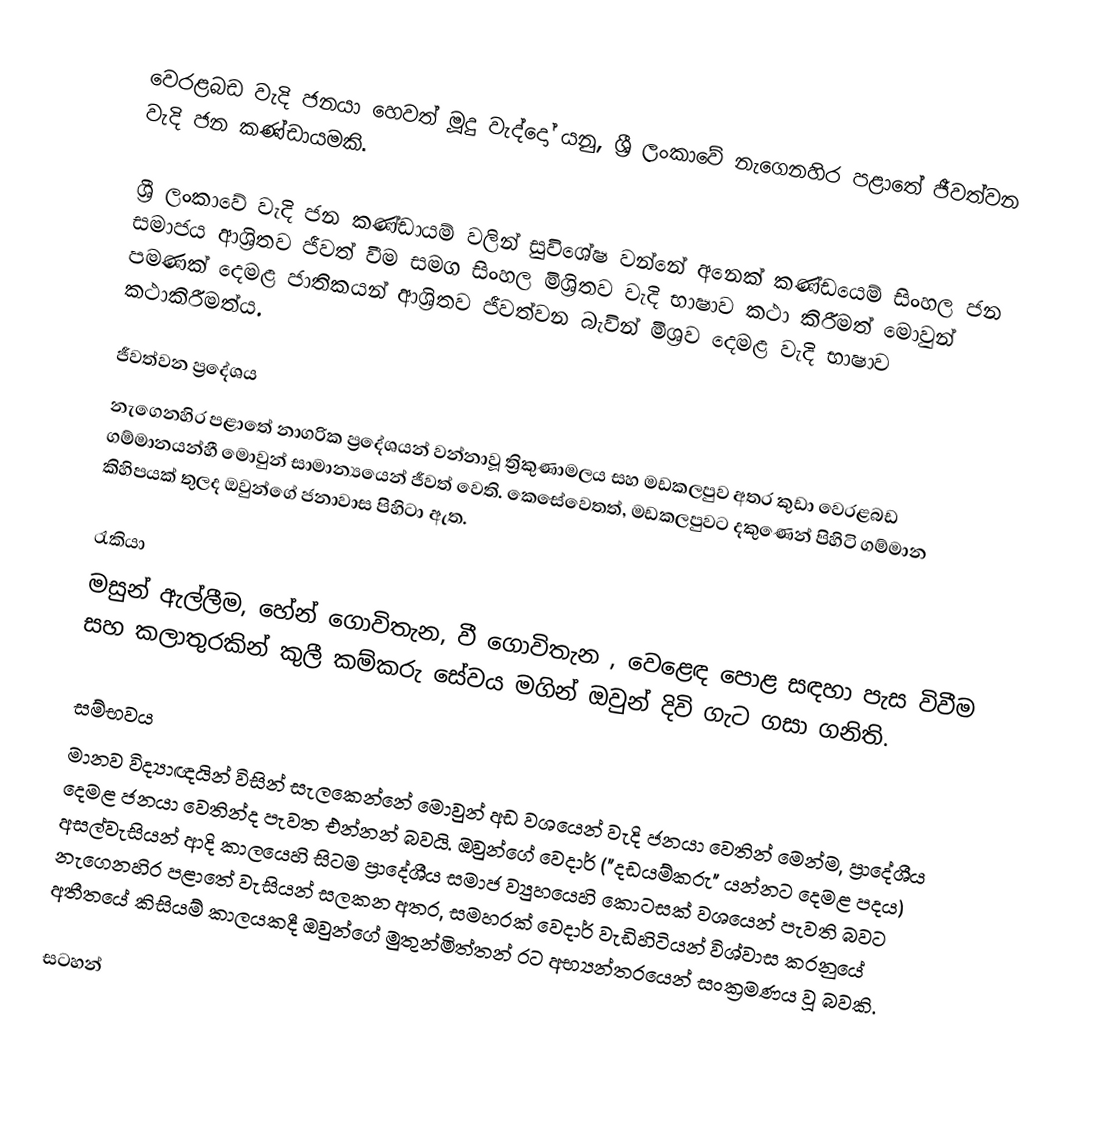
වෙරළබඩ වැදි ජනයා හෙවත්  මූදු වැද්දෝ යනු, ශ්‍රී ලංකාවේ  නැගෙනහිර පළාතේ ජීවත්වන වැදි ජන කණ්ඩායමකි.

ශ්‍රී ලංකාවේ  වැදි ජන කණ්ඩායම් වලින් සුවිශේෂ වන්නේ අනෙක් කණ්ඩයෙම් සිංහල ජන සමාජය ආශ්‍රිතව ජීවත් වීම සමග සිංහල මිශ්‍රිතව වැදි භාෂාව කථා කිරීමත් මොවුන් පමණක් දෙමළ ජාතිකයන් ආශ්‍රිතව ජීවත්වන බැවින් මිශ්‍රව දෙමළ වැදි භාෂාව කථාකිරීමත්ය.

ජීවත්වන ප්‍රදේශය
නැගෙනහිර පළාතේ නාගරික ප්‍රදේශයන් වන්නාවූ  ත්‍රිකුණාමලය සහ මඩකලපුව අතර කුඩා වෙරළබඩ ගම්මානයන්හී මොවුන් සාමාන්‍යයෙන් ජීවත් වෙති. කෙසේවෙතත්, මඩකලපුවට දකුණෙන් පිහිටි ගම්මාන කිහිපයක් තුලද ඔවුන්ගේ ජනාවාස පිහිටා ඇත.

රැකියා
මසුන් ඇල්ලීම, හේන් ගොවිතැන, වී ගොවිතැන , වෙළෙඳ පොළ සඳහා පැස විවීම සහ කලාතුරකින් කුලී කම්කරු සේවය මගින් ඔවුන් දිවි ගැට ගසා ගනිති.

සම්භවය
මානව විද්‍යාඥයින් විසින් සැලකෙන්නේ  මොවුන් අඩ වශයෙන්  වැදි ජනයා වෙතින් මෙන්ම, ප්‍රාදේශීය දෙමළ ජනයා වෙතින්ද පැවත එන්නන් බවයි. ඔවුන්ගේ වෙදාර්  ("දඩයම්කරු" යන්නට දෙමළ පදය) අසල්වැසියන් ආදි කාලයෙහි සිටම ප්‍රාදේශීය සමාජ ව්‍යුහයෙහි කොටසක් වශයෙන් පැවති බවට නැගෙනහිර පළාතේ වැසියන් සලකන අතර, සමහරක් වෙදාර් වැඩිහිටියන් විශ්වාස කරනුයේ අතීතයේ කිසියම් කාලයකදී ඔවුන්ගේ මුතුන්මිත්තන් රට අභ්‍යන්තරයෙන් සංක්‍රමණය වූ බවකි.

සටහන්